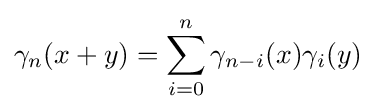
\gamma _{n}(x+y)=\sum _{i=0}^{n}\gamma _{n-i}(x)\gamma _{i}(y)